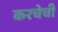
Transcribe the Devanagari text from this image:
करचेची